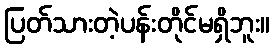
ပြတ်သားတဲ့ပန်းတိုင်မရှိဘူး။